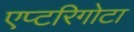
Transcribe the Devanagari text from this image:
एप्टरिगोटा